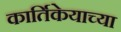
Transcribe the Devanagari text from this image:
कार्तिकेयाच्या